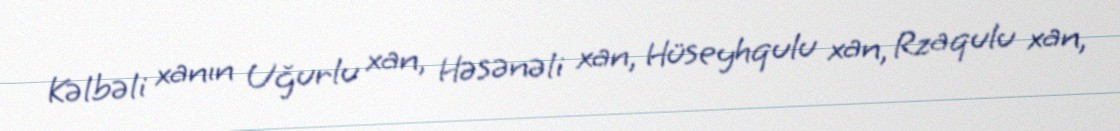
Kəlbəli xanın Uğurlu xan, Həsənəli xan, Hüseyhqulu xan, Rzaqulu xan,